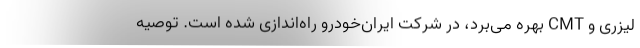
لیزری و CMT بهره می‌برد، در شرکت ایران‌خودرو راه‌اندازی شده است. توصیه